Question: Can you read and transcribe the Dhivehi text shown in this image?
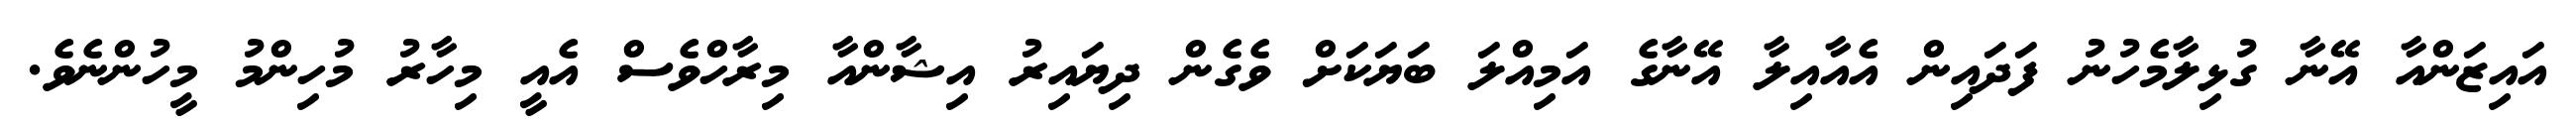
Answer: އައިޒަންއާ އޭނާ ގުޅިލާމެހުނު ފަދައިން އެއާއިލާ އޭނާގެ އަމިއްލަ ބަޔަކަށް ވެގެން ދިޔައިރު އިޝާންއާ މިރާހްވެސް އެއީ މިހާރު މުހިންމު މީހުންނެވެ.